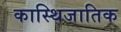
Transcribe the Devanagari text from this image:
कास्थिजातिक